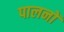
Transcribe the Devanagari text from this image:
पालनों